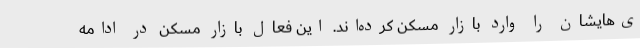
ی‌هایشان را وارد بازار مسکن کرده‌اند. این فعال بازار مسکن در ادامه